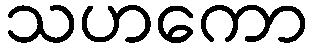
သဟကော